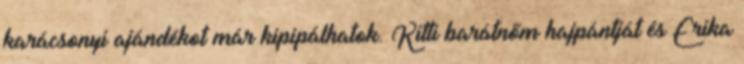
karácsonyi ajándékot már kipipálhatok. Kitti barátnőm hajpántját és Erika